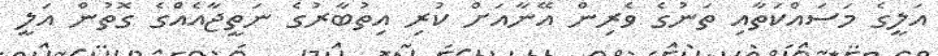
އަލީގެ މަސައްކަތާއި ތަނުގެ ވެރިން އޭނާއަށް ކުރި އިތުބާރުގެ ނަތީޖާއެއްގެ ގޮތުން އަލީ